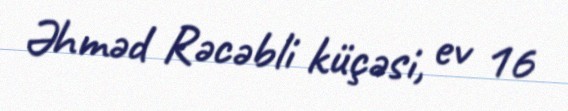
Əhməd Rəcəbli küçəsi, ev 16